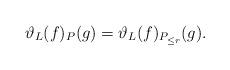
LaTeX: \begin{align*}\vartheta_L(f)_P(g)=\vartheta_L(f)_{P_{\le r}}(g).\end{align*}